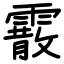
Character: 霰